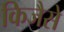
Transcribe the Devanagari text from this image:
किजैसे